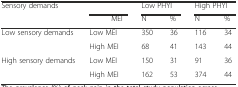
| <ROWSPAN=2> Sensory demands | <COLSPAN=2>  | <COLSPAN=2> Low PHYI | <COLSPAN=2> High PHYI |
 |  | MEI | N | % | N | % |
 | --- | --- | --- | --- | --- | --- | --- |
 | <ROWSPAN=2> Low sensory demands | <COLSPAN=2> Low MEI | 350 | 36 | 116 | 34 |
 | <COLSPAN=2> High MEI | 68 | 41 | 143 | 44 |
 | <ROWSPAN=2> High sensory demands | <COLSPAN=2> Low MEI | 150 | 31 | 91 | 36 |
 | <COLSPAN=2> High MEI | 162 | 53 | 374 | 44 |